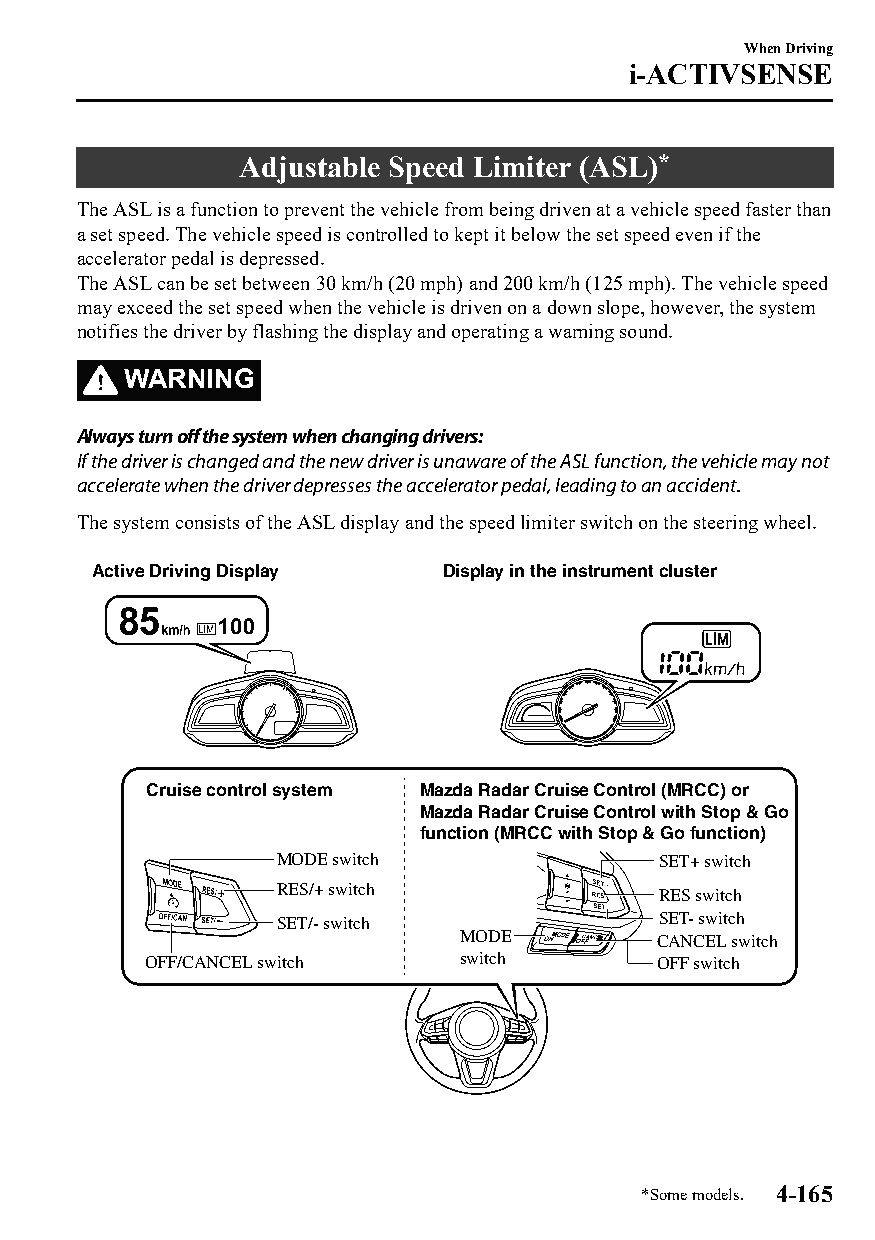
When Driving
 i-ACTIVSENSE
 Adjustable Speed Limiter (ASL)*
 The ASL is a function to prevent the vehicle from being driven at a vehicle speed faster than
 a set speed. The vehicle speed is controlled to kept it below the set speed even if the
 accelerator pedal is depressed.
 The ASL can be set between 30 km/h (20 mph) and 200 km/h (125 mph). The vehicle speed
 may exceed the set speed when the vehicle is driven on a down slope, however, the system
 notifies the driver by flashing the display and operating a warning sound.
 WARNING
 Always turn off the system when changing drivers:
 If the driver is changed and the new driver is unaware of the ASL function, the vehicle may not
 accelerate when the driver depresses the accelerator pedal, leading to an accident.
 The system consists of the ASL display and the speed limiter switch on the steering wheel.
 Active Driving Display Display in the instrument cluster
 Cruise control system Mazda Radar Cruise Control (MRCC) or
 Mazda Radar Cruise Control with Stop & Go
 function (MRCC with Stop & Go function)
 MODE switch              SET+ switch
 RES/+ switch             RES switch
 SET/- switch             SET- switch
 MODE         CANCEL switch
 OFF/CANCEL switch    switch       OFF switch
 *Some models. 4-165
 CX-3_8GT4-EE-18D_Edition4                  2018-9-6 18:32:19